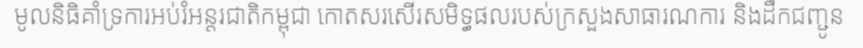
មូលនិធិគាំទ្រការអប់រំអន្តរជាតិកម្ពុជា កោតសរសើរសមិទ្ធផលរបស់ក្រសួងសាធារណការ និងដឹកជញ្ជូន